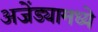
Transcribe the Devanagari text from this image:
अजेंड्यामध्ये